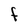
Character: F